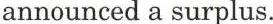
announced a surplus.